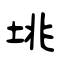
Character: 垗